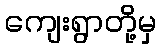
ကျေးရွာတို့မှ